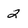
Character: 2